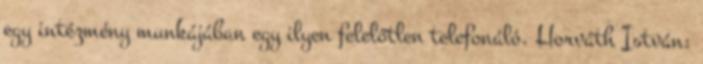
egy intézmény munkájában egy ilyen felelőtlen telefonáló. Horváth István: